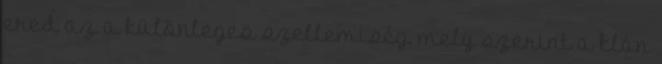
ered az a különleges szellemiség, mely szerint a klán